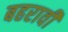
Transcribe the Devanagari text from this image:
बहरावी